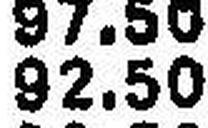
92.50